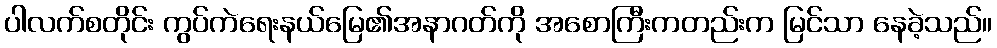
ပါလက်စတိုင်း ကွပ်ကဲရေးနယ်မြေ၏အနာဂတ်ကို အစောကြီးကတည်းက မြင်သာ နေခဲ့သည်။